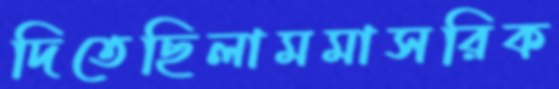
দিতেছিলামমাসরিক